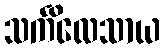
သင်္ကိလေသာယ